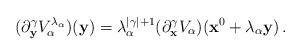
LaTeX: \begin{align*} (\partial_{{\bf y}}^{\gamma}V_{\alpha}^{\lambda_{\alpha}})({\bf y}) = \lambda_{\alpha}^{|\gamma|+1}(\partial_{{\bf x}}^{\gamma}V_{\alpha})({\bf x}^{0}+\lambda_{\alpha}{\bf y})\,.\end{align*}